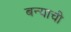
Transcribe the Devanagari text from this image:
बन्याची